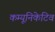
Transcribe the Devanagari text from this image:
कम्यूनिकेटिव